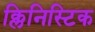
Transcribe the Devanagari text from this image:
क्लिनिस्टिक